Civil Veterinary Dept. Assam report 1911-1927 - 1911-1927
Year: 1911
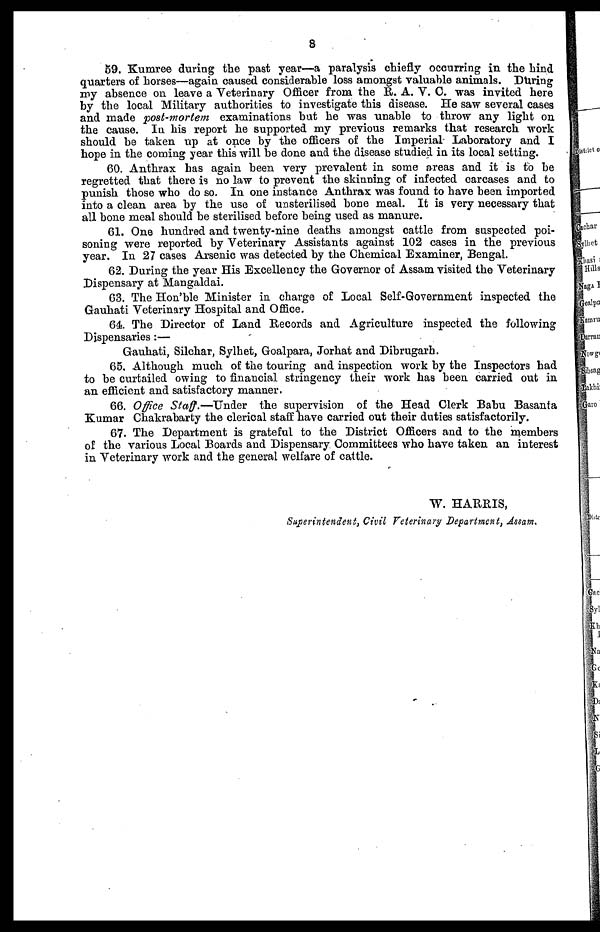
8
59. Kumree during the past year—a paralysis chiefly occurring in the hind
quarters of horses—again caused considerable loss amongst valuable animals. During
my absence on leave a Veterinary Officer from the R. A. V. C. was invited here
by the local Military authorities to investigate this disease. He saw several cases
and made post-mortem examinations but he was unable to throw any light on
the cause. In his report he supported my previous remarks that research work
should be taken up at once by the officers of the Imperial Laboratory and I
hope in the coming year this will be done and the disease studied in its local setting.
60. Anthrax has again been very prevalent in some areas and it is to be
regretted that there is no law to prevent the skinning of infected carcases and to
punish those who do so. In one instance Anthrax was found to have been imported
into a clean area by the use of unsterilised bone meal. It is very necessary that
all bone meal should be sterilised before being used as manure.
61. One hundred and twenty-nine deaths amongst cattle from suspected poi-
soning were reported by Veterinary Assistants against 102 cases in the previous
year. In 27 cases Arsenic was detected by the Chemical Examiner, Bengal.
62. During the year His Excellency the Governor of Assam visited the Veterinary
Dispensary at Mangaldai.
63. The Hon'ble Minister in charge of Local Self-Government inspected the
Gauhati Veterinary Hospital and Office.
64. The Director of Land Records and Agriculture inspected the following
Dispensaries:—
Gauhati, Silchar, Sylhet, Goalpara, Jorhat and Dibrugarh.
65. Although much of the touring and inspection work by the Inspectors had
to be curtailed owing to financial stringency their work has been carried out in
an efficient and satisfactory manner.
66. Office Staff.—Under
the supervision of the Head Clerk Babu Basanta
Kumar Chakrabarty the clerical staff have carried out their duties satisfactorily.
67. The Department is grateful to the District Officers and to the members
of the various Local Boards and Dispensary Committees who have taken an interest
in Veterinary work and the general welfare of cattle.
W. HARRIS,
Superintendent, Civil Veterinary Department, Assam.